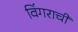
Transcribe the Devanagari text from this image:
विंगराची